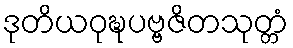
ဒုတိယဝုဍ္ဎပဗ္ဗဇိတသုတ္တံ